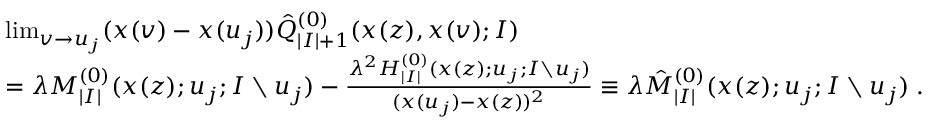
\begin{array} { r l } & { \operatorname* { l i m } _ { v \to u _ { j } } ( x ( v ) - x ( u _ { j } ) ) \hat { Q } _ { | I | + 1 } ^ { ( 0 ) } ( x ( z ) , x ( v ) ; I ) } \\ & { = \lambda M _ { | I | } ^ { ( 0 ) } ( x ( z ) ; u _ { j } ; I \setminus u _ { j } ) - \frac { \lambda ^ { 2 } H _ { | I | } ^ { ( 0 ) } ( x ( z ) ; u _ { j } ; I \setminus u _ { j } ) } { ( x ( u _ { j } ) - x ( z ) ) ^ { 2 } } \equiv \lambda \hat { M } _ { | I | } ^ { ( 0 ) } ( x ( z ) ; u _ { j } ; I \setminus u _ { j } ) \; . } \end{array}